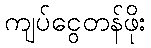
ကျပ်ငွေတန်ဖိုး